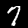
Label: 7